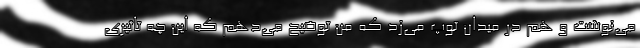
می‌نوشت و هم در میدان توپ می‌زد که من توضیح می‌دهم که این چه تاثیری